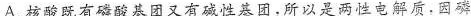
A.核酸既有磷酸基团又有碱性基团，所以是两性电解质，因磷